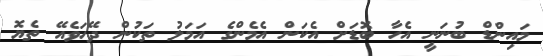
މައިންޑް ބުނަނީ އެހާ ބޮޑަށް އެކަން އެމެންގެ އަމަލު ތަކުން ދޭހަވެއޭ ތެޔޮ